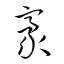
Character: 豪